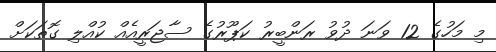
މި މަހުގެ 12 ވަނަ ދުވު ރަންބީރު ކަޕޫރުގެ ސާޖަރީއެއް ކުއްލި ގޮތަކަށް